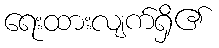
ရေးထားလျက်ရှိ၏